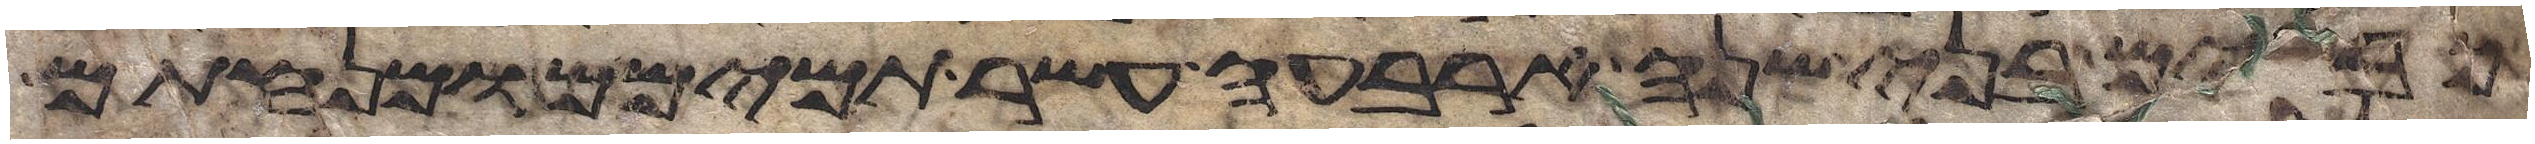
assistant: כבשים בני שנה ארבעה עשר תמימם ומנחתם